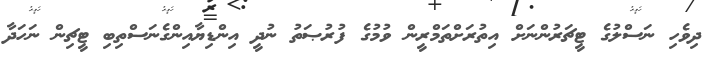
ދިވެހި ނަސްލުގެ ޓީޗަރުންނަށް އިތުރަށްތަމްރީން ވުމުގެ ފުރުޞަތު ނުދީ އިންޑިޔާއިންގެނަސްތިބި ޓީޗިން ނަހަދާ